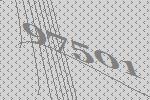
97501